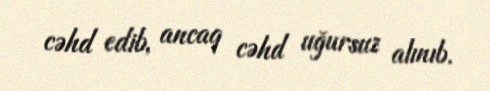
cəhd edib, ancaq cəhd uğursuz alınıb.